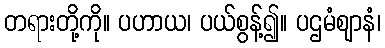
တရားတို့ကို။ ပဟာယ၊ ပယ်စွန့်၍။ ပဌမံဈာနံ၊